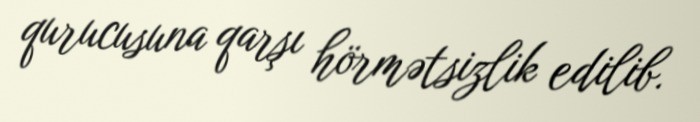
qurucusuna qarşı hörmətsizlik edilib.